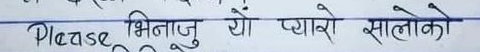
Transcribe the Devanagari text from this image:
Please भिनाजु यो प्यारो सालोको